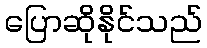
ပြောဆိုနိုင်သည်